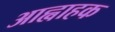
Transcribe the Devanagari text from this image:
आह्वाहक